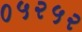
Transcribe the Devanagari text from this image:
०५२५२